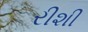
રીશી